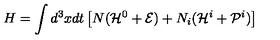
H = \int d ^ { 3 } x d t \left[ N ( { \cal H } ^ { 0 } + { \cal E } ) + N _ { i } ( { \cal H } ^ { i } + { \cal P } ^ { i } ) \right]